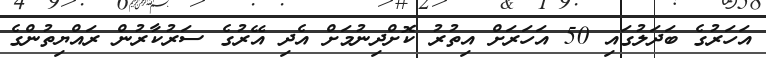
އަހަރުގެ ބަދަލުގައި 50 އަހަރަށް އިތުރު ކޮށްދިނުމަށް އެދި އޭރުގެ ސަރުކާރުން ރައްޔިތުންގެ